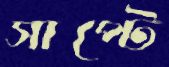
সাপ্‌টে